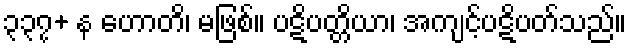
၃၃၇+ န ဟောတိ၊ မဖြစ်။ ပဋိပတ္တိယာ၊ အကျင့်ပဋိပတ်သည်။